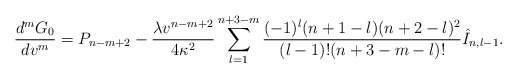
\begin{align*} \frac{d^mG_0}{dv^m}=P_{n-m+2}-\frac{\lambda v^{n-m+2}}{4\kappa^2}\sum_{l=1}^{n+3-m}\frac{(-1)^l(n+1-l)(n+2-l)^2}{(l-1)!(n+3-m-l)!}\hat{I}_{n,l-1}.\end{align*}